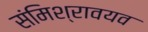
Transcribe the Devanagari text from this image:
संमिश्रावयव